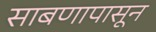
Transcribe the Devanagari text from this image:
साबणापासून